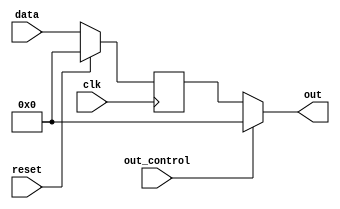
`timescale 1ns / 1ps
//////////////////////////////////////////////////////////////////////////////////
// Company:        MossbauerLab, EasySoft
// 
// Design Name: 
// Module Name:    SN74LS374
// Project Name:   sm2201_interface_board
// Target Devices: 
// Tool versions:  Quartus 12.1 sp1
// Description:    An implementation of chip SN74LS374 (8bit register) with tri state
//
// Dependencies: 
//
// Revision: 
// Revision 1.0
// Additional Comments: Analog of 55523
//
//////////////////////////////////////////////////////////////////////////////////

module SN74LS374
(
    input wire reset,
    input wire [7:0] data,
    input wire clk,
    input wire out_control,
    output wire [7:0] out 
);

reg [7:0] out_reg;

assign out = out_control == 1'b1 ? /*8'bz*/ 8'b00000000 : out_reg;

always @(posedge clk)
begin
    if(reset == 1'b1)
    begin
        out_reg <= 8'b00000000;
    end
    else
    begin
        if (out_control == 1'b1)
            out_reg <= 8'b00000000;
        out_reg <= data;
    end
end

endmodule